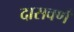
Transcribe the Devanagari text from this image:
दासवर्ण